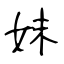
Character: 妺